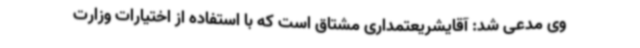
وی مدعی شد: آقایشریعتمداری مشتاق است که با استفاده از اختیارات وزارت